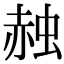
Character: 赨